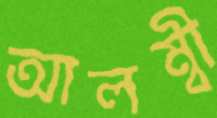
আলম্বী